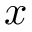
x